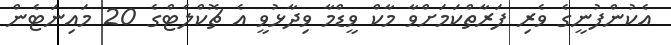
އެކުންފުނީގެ ވެރި ފަރާތްކަމަށްވާ މާކް ވީޑްމާ ވިދާޅުވީ އެ ޗޮކްލެޓްގެ 20 މައިނަޓެން